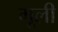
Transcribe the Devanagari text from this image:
गूली